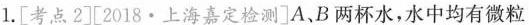
1.[考点2]工2018·上海嘉定检测]A、B两杯水，水中均有微粒